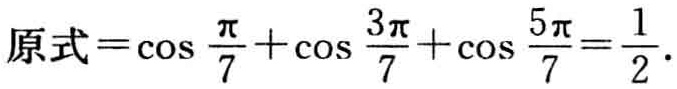
原式=\(\cos \frac{\pi}{7}+\cos \frac{3\pi}{7}+\cos \frac{5\pi}{7}=\frac{1}{2}\).